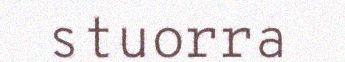
stuorra